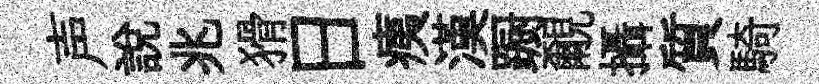
声說兆猾日痍漢蹰覼攝質騎